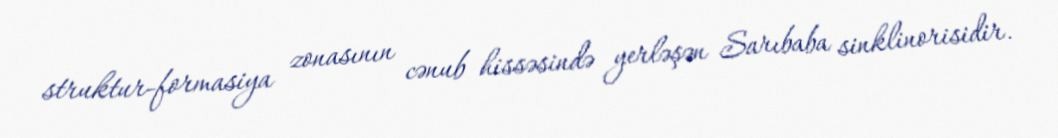
struktur-formasiya zonasının cənub hissəsində yerləşən Sarıbaba sinklinorisidir.